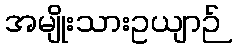
အမျိုးသားဥယျာဉ်